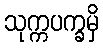
သုက္ကပက္ခမှိ